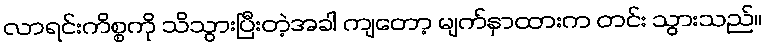
လာရင်းကိစ္စကို သိသွားပြီးတဲ့အခါ ကျတော့ မျက်နှာထားက တင်း သွားသည်။